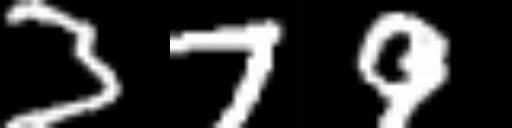
Text: 379